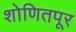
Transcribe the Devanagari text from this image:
शोणितपूर